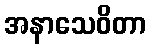
အနာသေဝိတာ